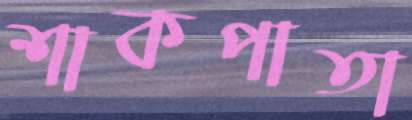
শাকপাতা